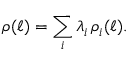
\rho ( \ell ) = \sum _ { i } \lambda _ { i } \, \rho _ { i } ( \ell ) .